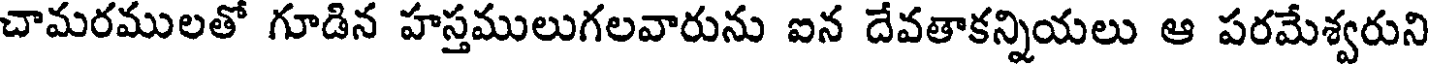
చామరములతో గూడిన హస్తములుగలవారును ఐన దేవతాకన్నియలు ఆ పరమేశ్వరుని